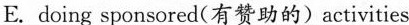
E. doing sponsored(有赞助的) activities